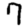
Digit: 7